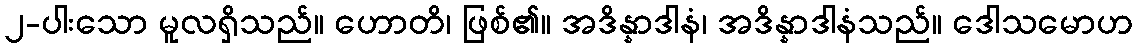
၂-ပါးသော မူလရှိသည်။ ဟောတိ၊ ဖြစ်၏။ အဒိန္နာဒါနံ၊ အဒိန္နာဒါနံသည်။ ဒေါသမောဟ